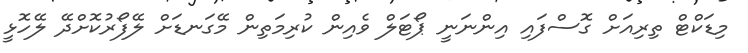
މިޑަކްޓް ތިރިއަށް ގޮސްފައި އިންނަނީ ޕޯޓަލް ވެއިން ކުރިމަތިން މޭގަނޑަށް ލޭފޯރުކޮށްދޭ ލޭހޮޅީ